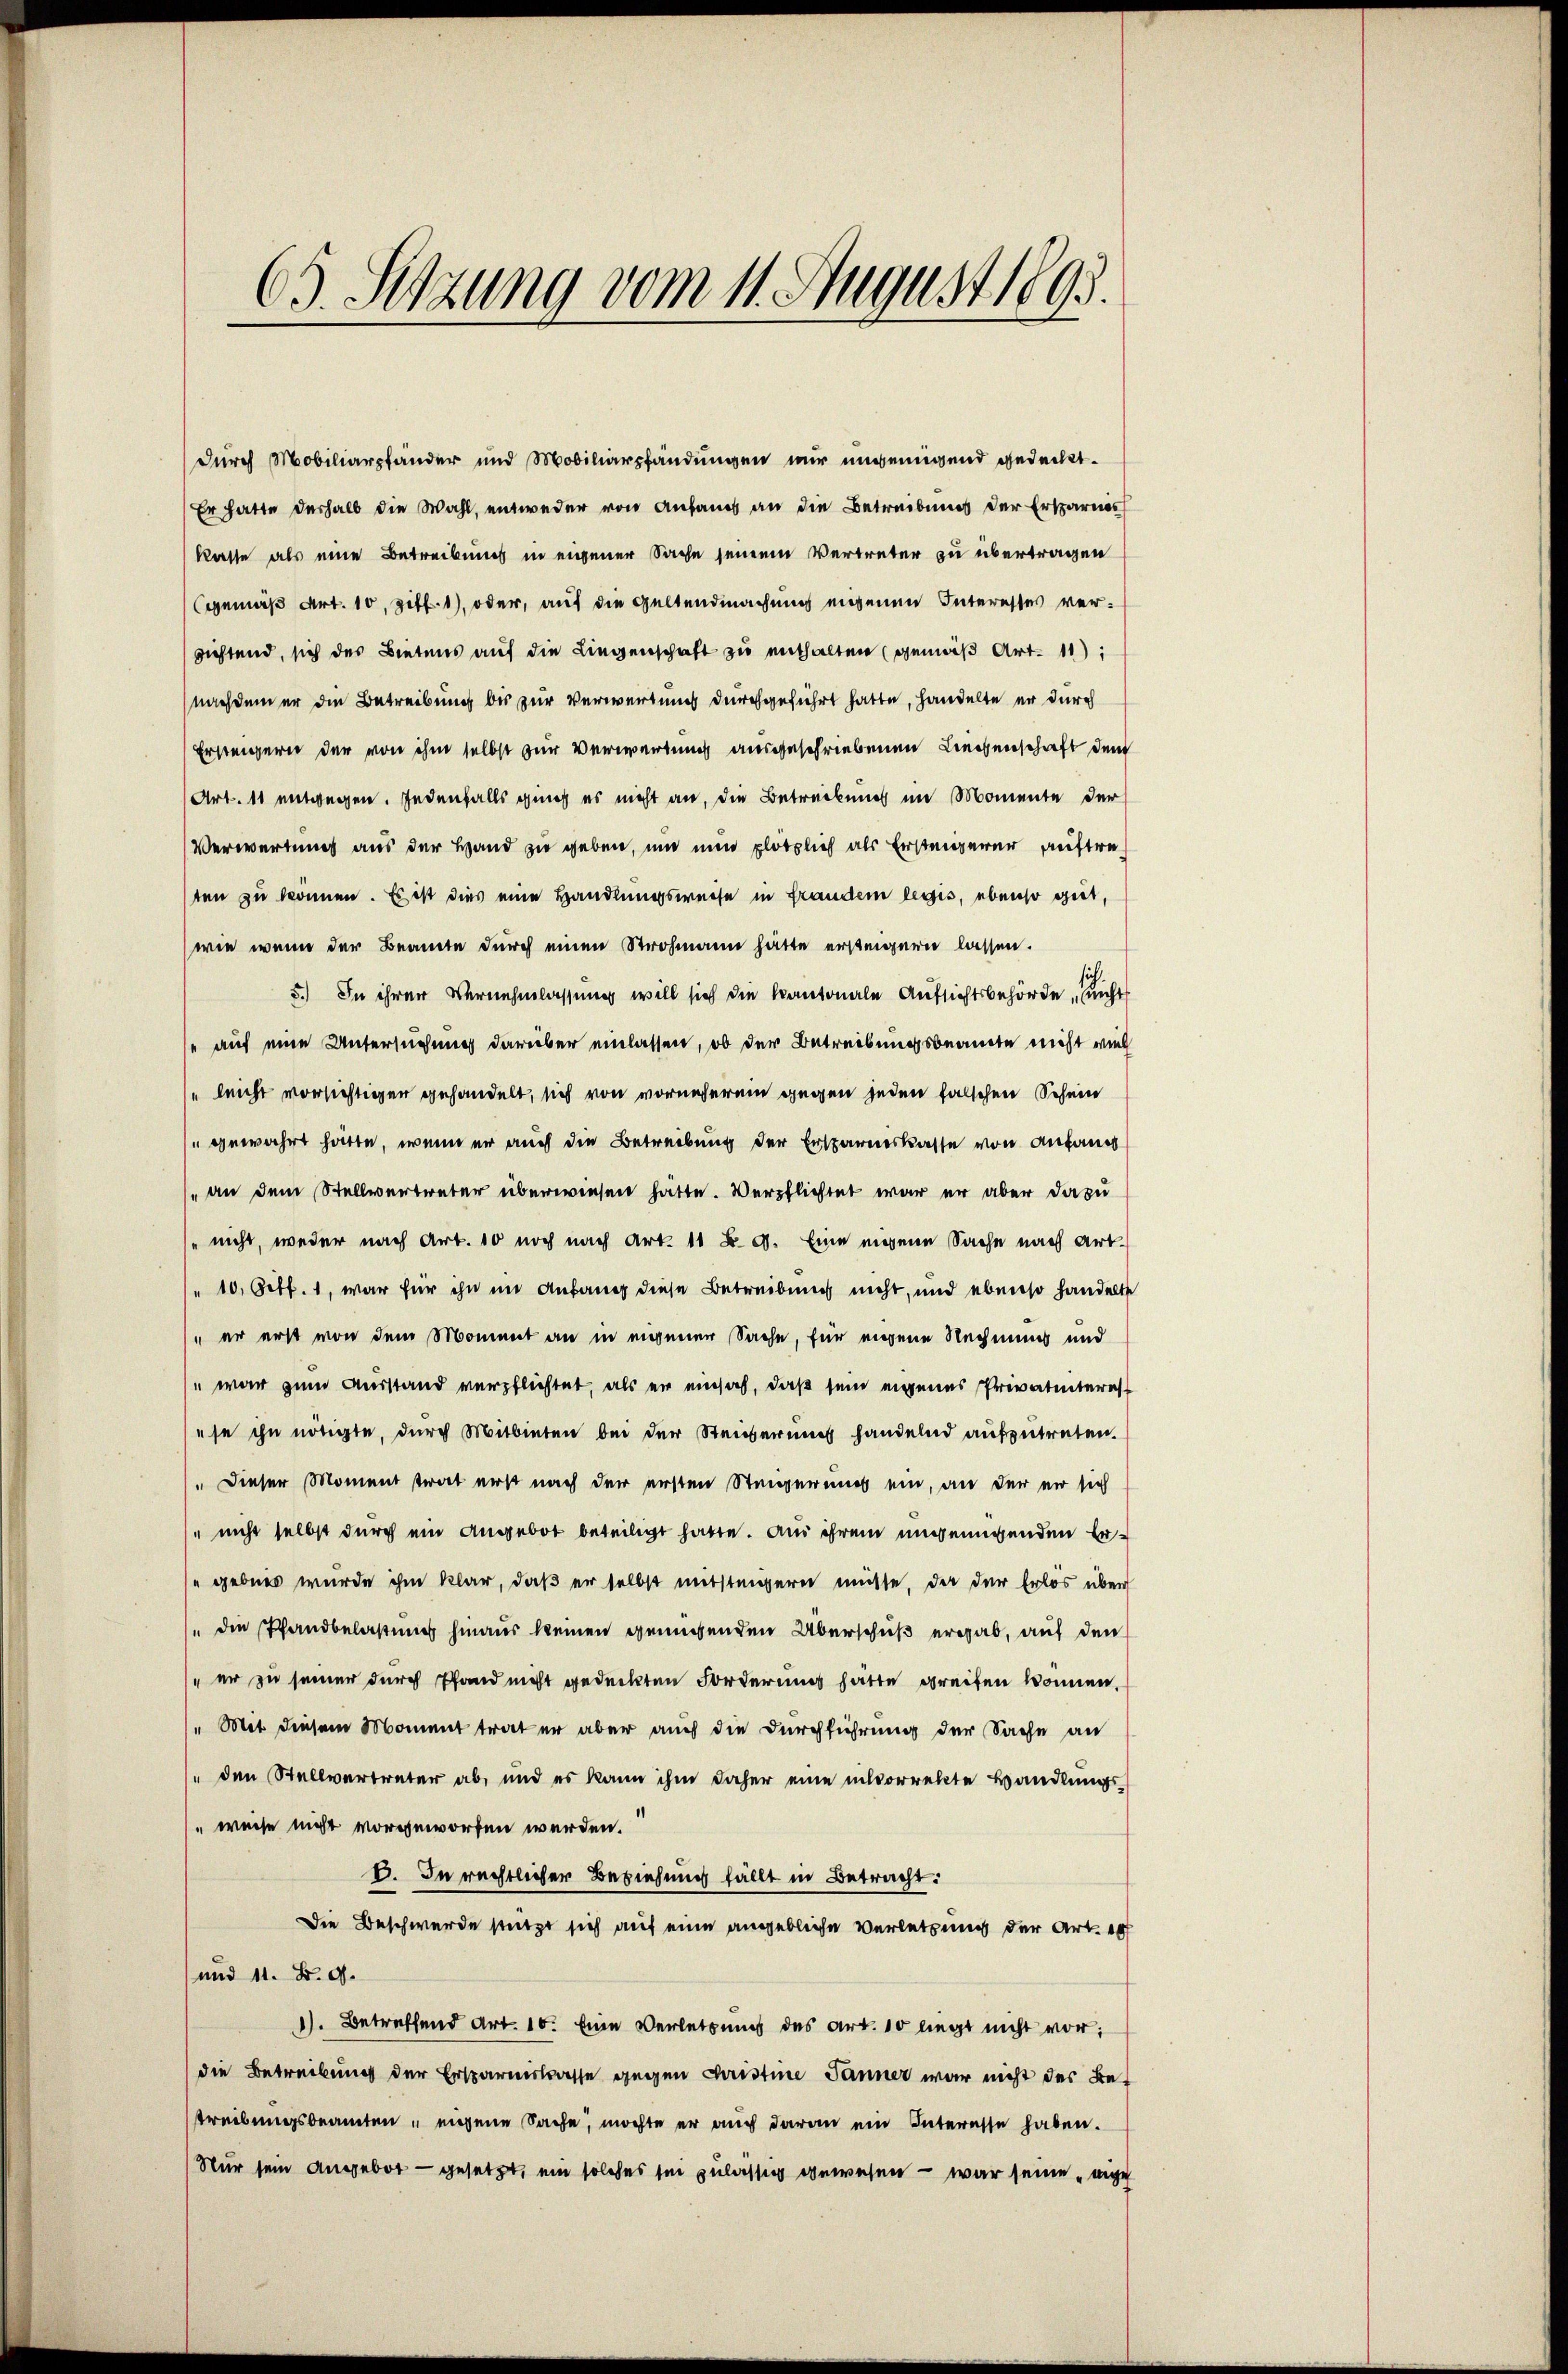
63. Setzung vom 11. August 1893.

Durch Mobiliarpfänder und Mobiliarpfändungen mir ungenügend gedeckt.
Er hatte deshalb die Wahl, entweder von Anfang an die Betreibung der Ersparnis
kasse als eine Betreibung in eigener Sache seinem Vertreter zu übertragen
gemäß Art. 10, Ziff. 1), oder, auf die Geltendmachung eigenen Interesses vergichtend, sich des Bietens auf die Liegenschaft zu enthalten (gemäß Art. 11);
nachdem er die Betreibung bis zur Verwertung durchgeführt hatte, handelte er durch
Ersteigern der von ihm selbst zur Verwartung ausgeschriebenen Liegenschaft dem
Art. 11 entwegen. Jedenfalls ging es nicht an, die Betrückung im Momente der
Verwartung aus der Hand zu geben, und nun plötzlich als Erstingerer auftresten zu können. Es ist dies eine Handlungsweise in fraudem legis, ebenso gut,
wie wenn der Beamte durch einen Strohmann hätte ersteigern lassen.
5.) In ihrer Vernehmlassung will sich die Kantonale Aufsichtsbehörde nicht
" auf eine Untersuchung darüber einlassen, ob der Betreibungsbeamte nicht viel
" leicht vorsichtigen gehandelt, sich von vorneheren gegen jeden falschen Schein
" gewahrt hätte, wenn er auch die Betreibung der Ersparniskasse von Anfang
„an dem Stellvertreter überwiesen hätte. Verpflichtet war er aber dazu
" nicht, weder nach Art. 10 noch nach Art. 11 B. G. Eine eigene Sache nach Art.
" 10. Octb. 1, war für ihn im Anfang diese Betreibung nicht, und ebenso handelte
" er erst von dem Moment an in eigener Sache, für eigene Rechnung und
 war zum Ausstand verpflichtet, als er einsah, daß sein eigenes Privatinteres
se ihn nötigte, durch Mitbieten bei der Steigerung handelnd aufzutreten.
" Dieser Moment trat erst nach der ersten Steigerung ein, an der er sich
" nicht selbst durch ein Angebot beteiligt hatte. An ihrem ungenügenden Ergebnis wurde ihm klar, daβ er selbst mitsteigern müsse, da der Erlos über
" die Pfandbelastung hinaus keinen genügenden Überschuß ergab, auf den
" er zu seiner durch Pfand nicht gedeckten Forderung hätte greifen können.
" Mit diesem Moment trat er aber auch die Durchführung der Sache an
" den Stellvertreter ab, und es kann ihm daher eine inkorrekte Handlungs
weise nicht vorgeworfen werden.
V. In rechtlicher Beziehung fällt in Betracht:
Die Beschwerde stützt sich auf eine angebliche Verletzung der Art. ich
und 11. B. d.
1). Betreffend Art. 10. Eine Verletzung des Art. 10 liegt nicht vor;
die Betreibung der Ersparnistrasse gegen Christine Jänner war nicht des Betreibungsbeamten u eigene Sache, möchte er auch daran ein Interesse haben.
Nur sein Angebot - gesetzt, ein solches sei zulässig gewesen – war seine eige